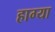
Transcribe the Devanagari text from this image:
हाग्या